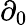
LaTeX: \partial_{0}